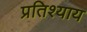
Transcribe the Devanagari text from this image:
प्रतिश्‍याय